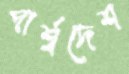
পার্শ্বদেশ